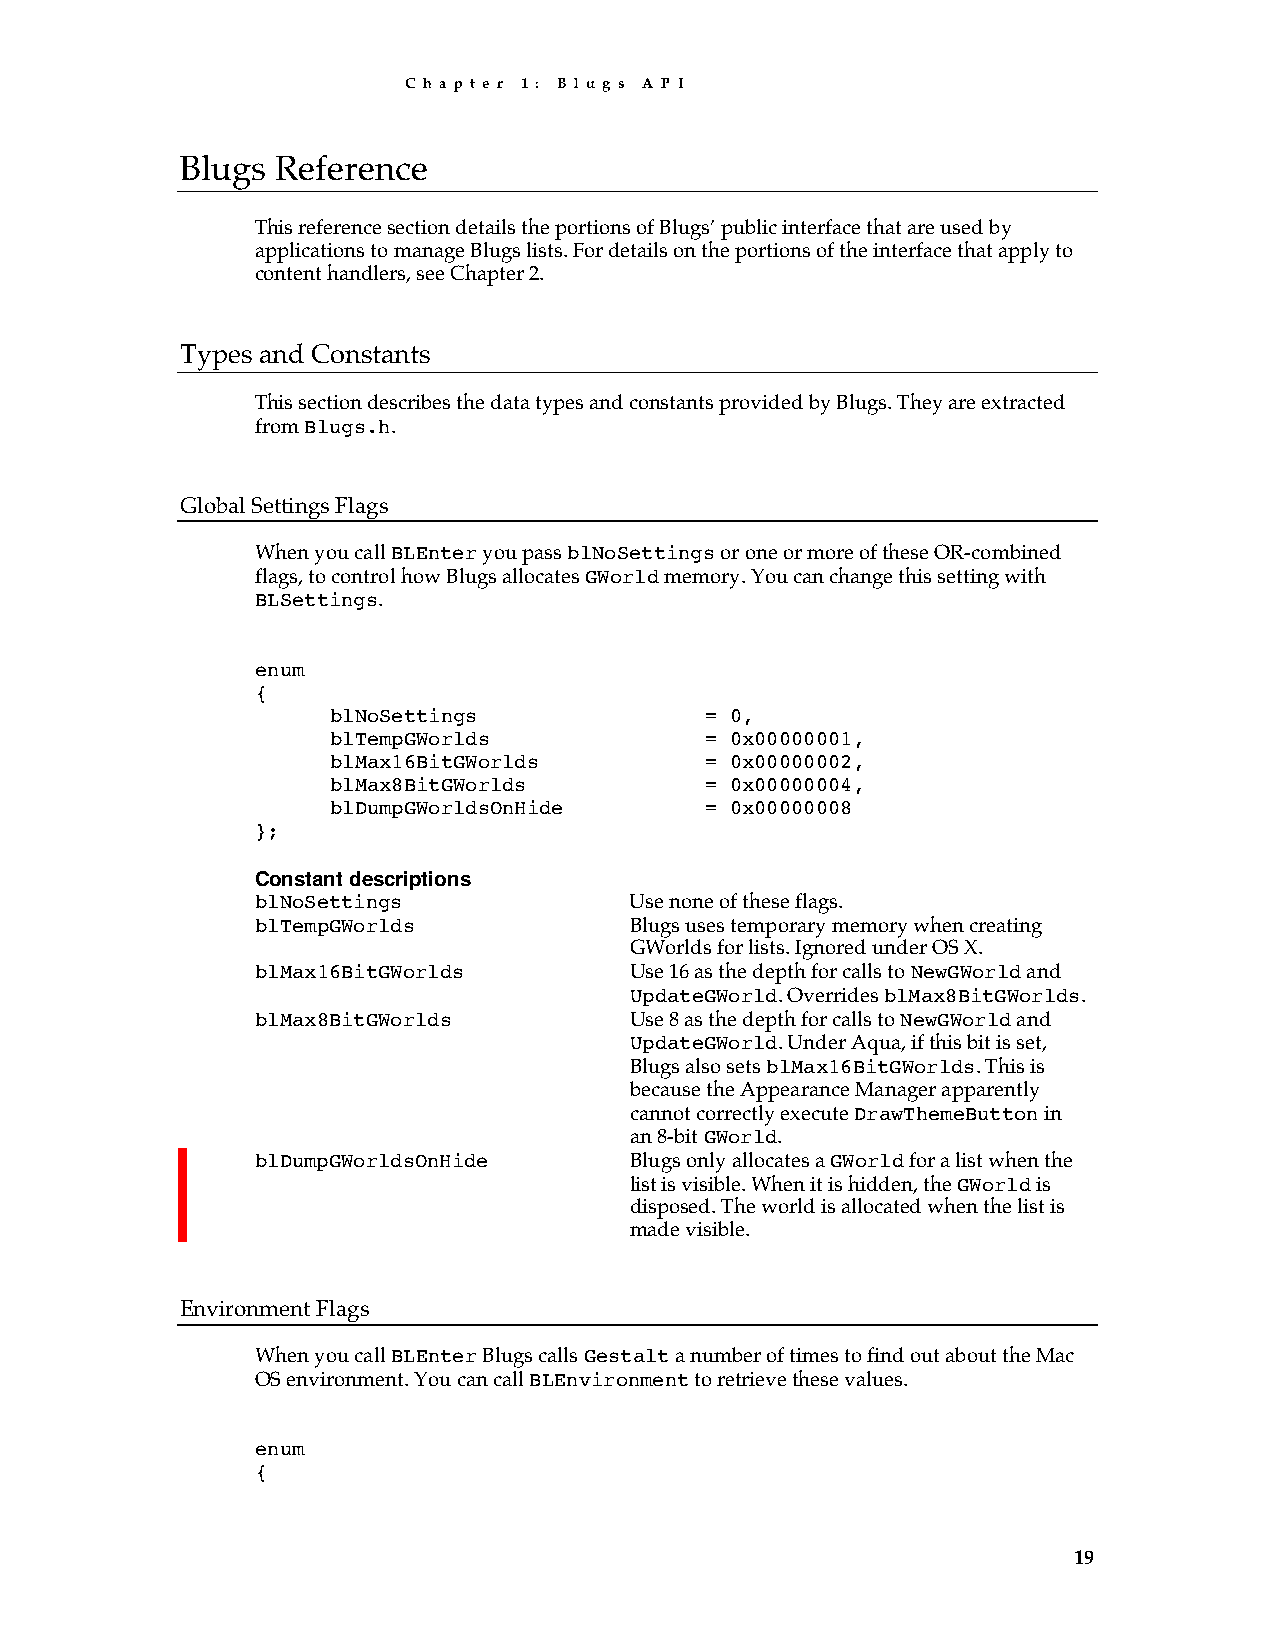
C h a p t e r 1 : B l u g s A P I
 Blugs Reference
 This reference section details the portions of Blugs’ public interface that are used by
 applications to manage Blugs lists. For details on the portions of the interface that apply to
 content handlers, see Chapter 2.
 Types and Constants
 This section describes the data types and constants provided by Blugs. They are extracted
 from Blugs.h.
 Global Settings Flags
 When you call BLEnter you pass blNoSettings or one or more of these OR-combined
 flags, to control how Blugs allocates GWorld memory. You can change this setting with
 BLSettings.
 enum
 {
 blNoSettings             = 0,
 blTempGWorlds            = 0x00000001,
 blMax16BitGWorlds        = 0x00000002,
 blMax8BitGWorlds         = 0x00000004,
 blDumpGWorldsOnHide      = 0x00000008
 };
 Constant descriptions
 blNoSettings             Use none of these flags.
 blTempGWorlds            Blugs uses temporary memory when creating
 GWorlds for lists. Ignored under OS X.
 blMax16BitGWorlds        Use 16 as the depth for calls to NewGWorld and
 UpdateGWorld. Overrides blMax8BitGWorlds.
 blMax8BitGWorlds         Use 8 as the depth for calls to NewGWorld and
 UpdateGWorld. Under Aqua, if this bit is set,
 Blugs also sets blMax16BitGWorlds. This is
 because the Appearance Manager apparently
 cannot correctly execute DrawThemeButton in
 an 8-bit GWorld.
 blDumpGWorldsOnHide      Blugs only allocates a GWorld for a list when the
 list is visible. When it is hidden, the GWorld is
 disposed. The world is allocated when the list is
 made visible.
 Environment Flags
 When you call BLEnter Blugs calls Gestalt a number of times to find out about the Mac
 OS environment. You can call BLEnvironment to retrieve these values.
 enum
 {
 19